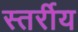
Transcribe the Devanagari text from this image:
स्तर्रीय